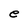
Character: e